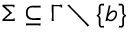
\Sigma \subseteq \Gamma \setminus \{ b \}